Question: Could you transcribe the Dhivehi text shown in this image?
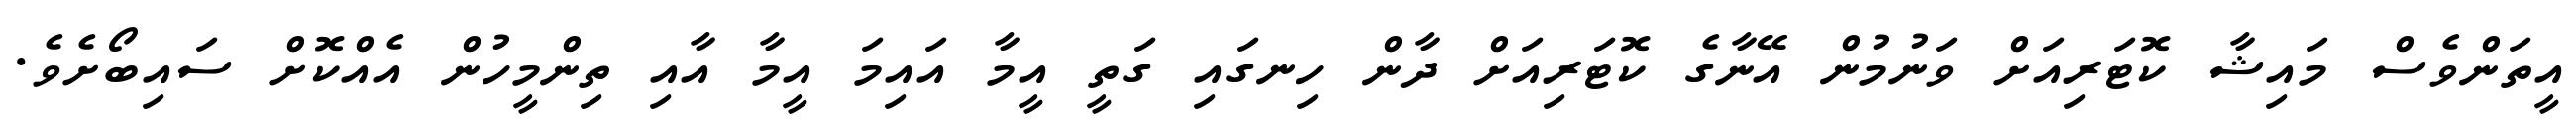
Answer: އީތަންވެސް މައިޝާ ކޮޓަރިއަށް ވަނުމުން އޭނާގެ ކޮޓަރިއަށް ދާން ހިނގައި ގަތީ އީމާ އައިމަ އީމާ އާއި ތިންމީހުން އެއްކޮށް ސައިބޯށެވެ.